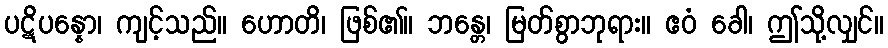
ပဋိပန္နော၊ ကျင့်သည်။ ဟောတိ၊ ဖြစ်၏။ ဘန္တေ၊ မြတ်စွာဘုရား။ ဧဝံ ခေါ၊ ဤသို့လျှင်။